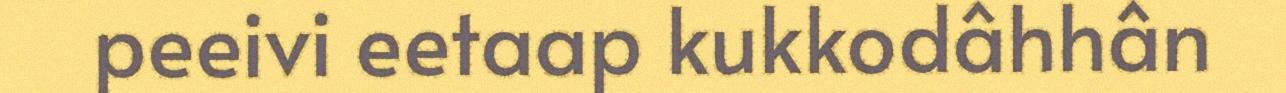
peeivi eetaap kukkodâhhân